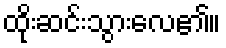
ထိုးဆင်းသွားလေ၏။